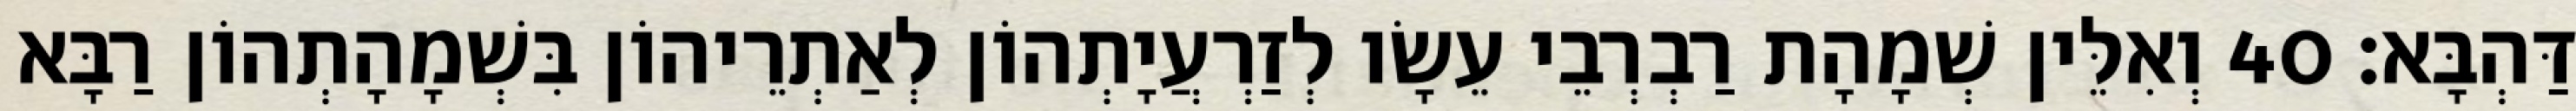
דַּהְבָּא׃ 40 וְאִלֵּין שְׁמָהָת רַבְרְבֵי עֵשָׂו לְזַרְעֲיָתְהוֹן לְאַתְרֵיהוֹן בִּשְׁמָהָתְהוֹן רַבָּא